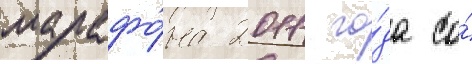
марафо́на 2011 го́да со́